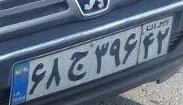
۶۸ج۳۹۶۴۲